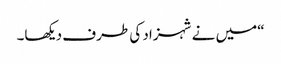
“میں نے شہزاد کی طرف دیکھا۔